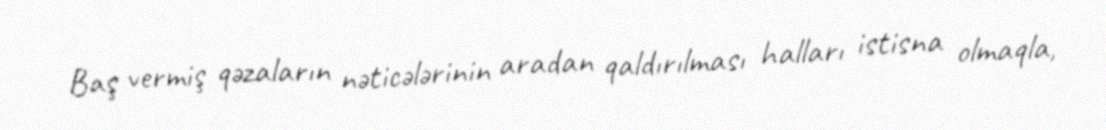
Baş vermiş qəzaların nəticələrinin aradan qaldırılması halları istisna olmaqla,